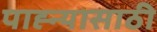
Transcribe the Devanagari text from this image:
पाह्न्यासाठी